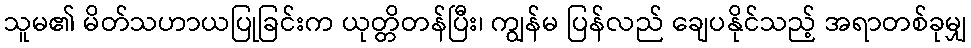
သူမ၏ မိတ်သဟာယပြုခြင်းက ယုတ္တိတန်ပြီး၊ ကျွန်မ ပြန်လည် ချေပနိုင်သည့် အရာတစ်ခုမျှ